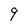
Character: 9